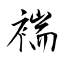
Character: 褍